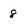
Character: 8